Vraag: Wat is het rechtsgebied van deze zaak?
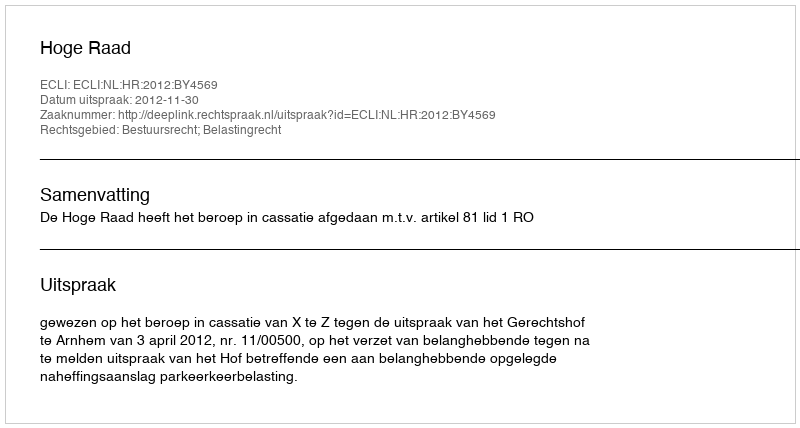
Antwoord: Bestuursrecht; Belastingrecht